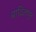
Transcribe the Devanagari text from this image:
बादिलपुर